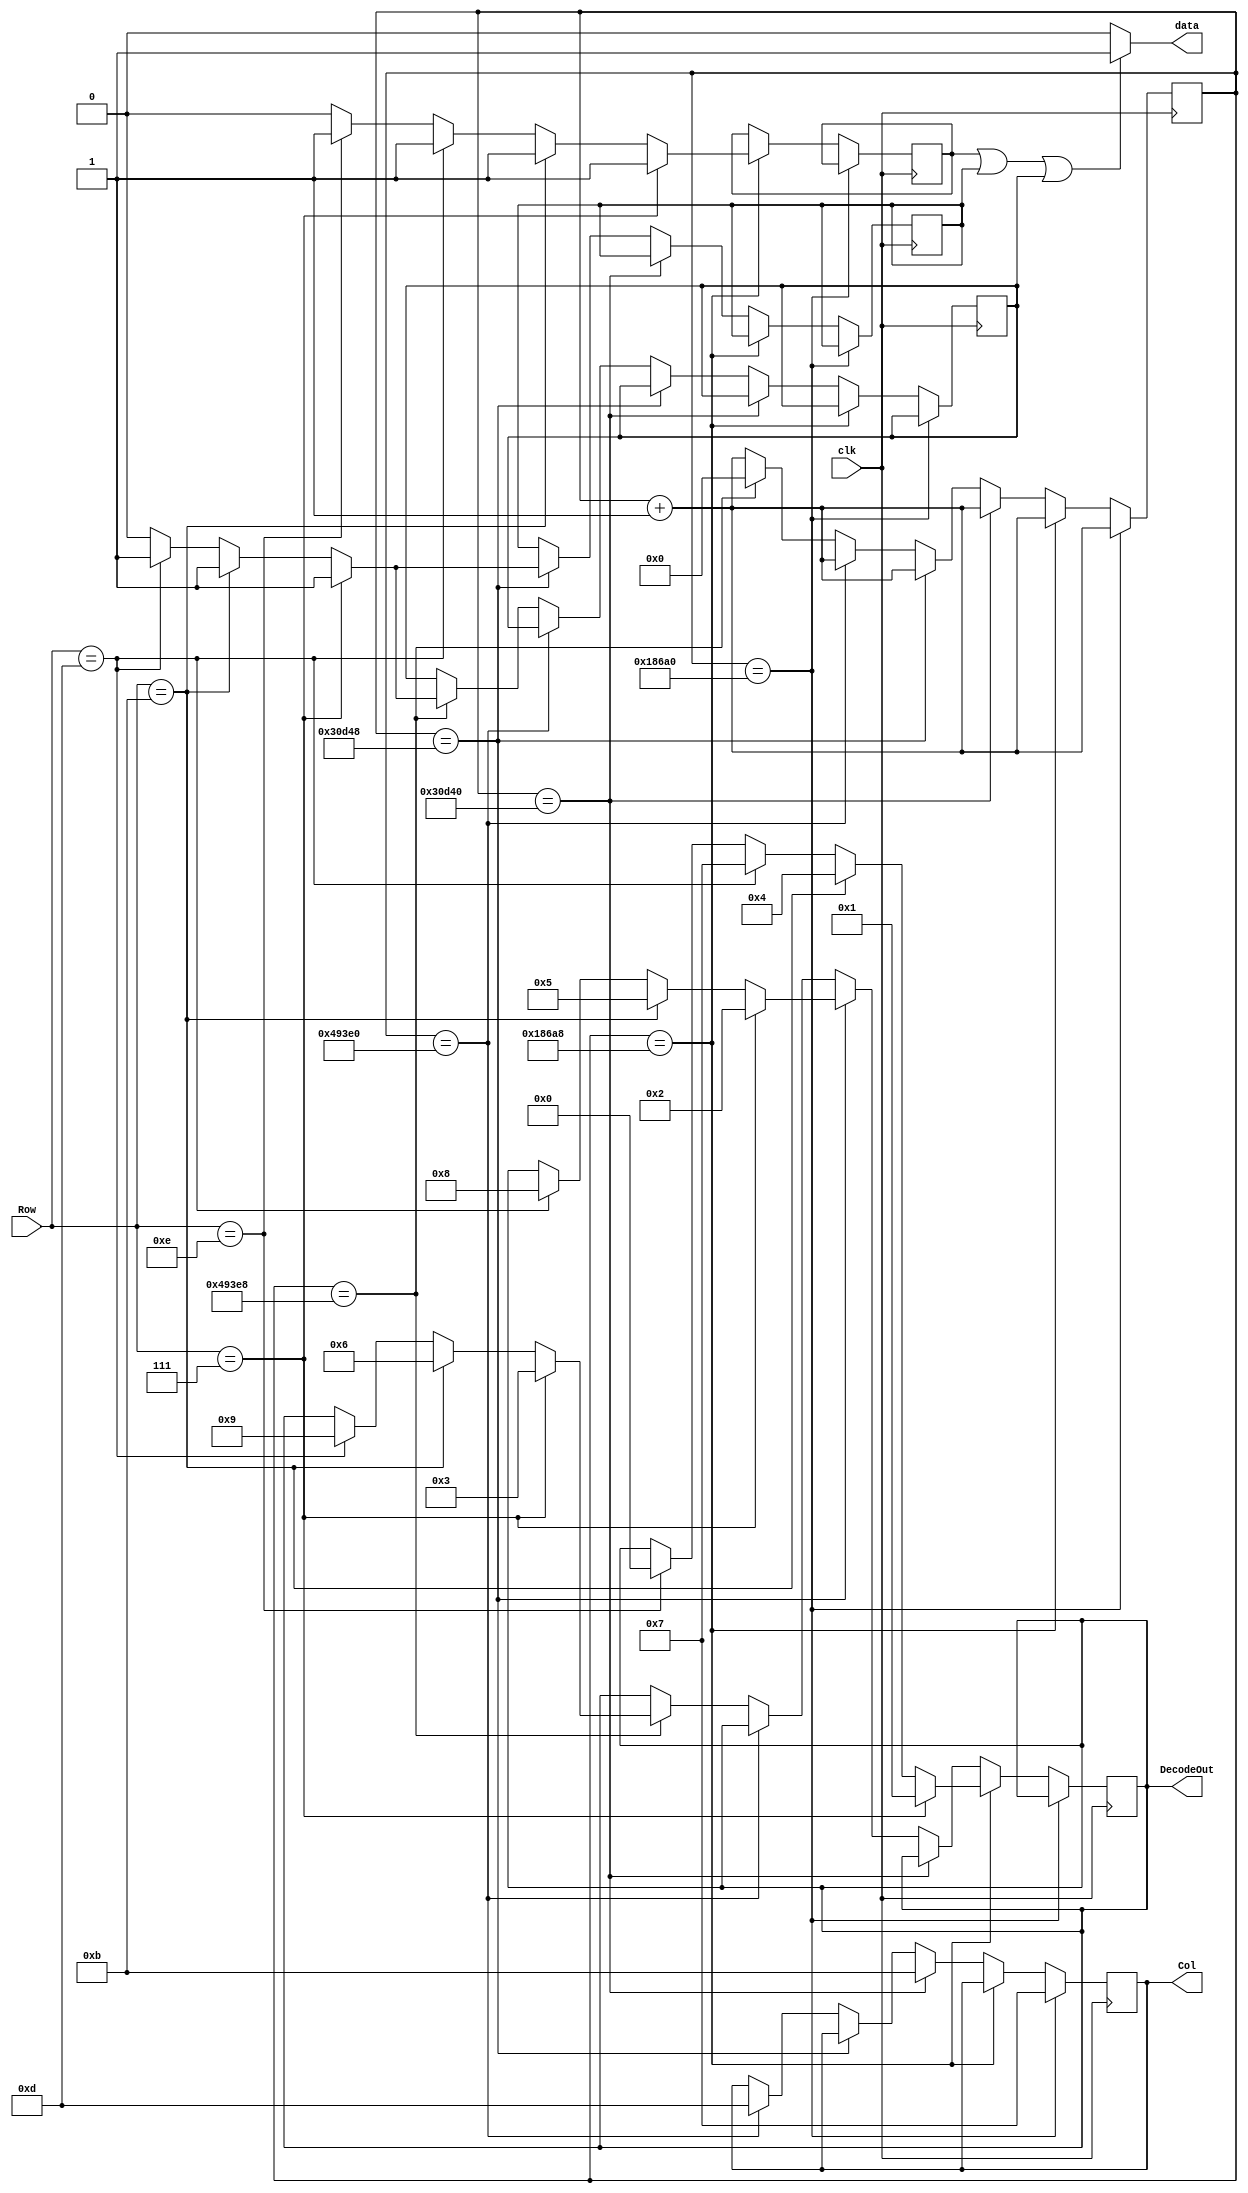
module Decoder(
    input clk,						// 100MHz onboard clock
    input [3:0] Row,				// Rows on KYPD
    output [3:0] Col,			// Columns on KYPD
    output [3:0] DecodeOut,	// Output data
    output data
    );
	
	// Output wires and registers
	reg [3:0] Col;
	reg [3:0] DecodeOut;
	
	// Count register
	reg [19:0] sclk;

    reg col1_data = 0;
    reg col2_data = 0;
    reg col3_data = 0;
    
    reg data = 0;
    
    always @* begin
        if (col1_data || col2_data || col3_data)
            data = 1;
        else
            data = 0;
    end
        
	always @(posedge clk) begin

			// 1ms
			if (sclk == 20'b00011000011010100000) begin
				//C1
				Col <= 4'b0111;
				sclk <= sclk + 1'b1;
			end
			
			// check row pins
			else if(sclk == 20'b00011000011010101000) begin
				//R1
				if (Row == 4'b0111) begin
					DecodeOut <= 4'b0001;		//1
                    col1_data <= 1;
				end
				//R2
				else if(Row == 4'b1011) begin
					DecodeOut <= 4'b0100; 		//4
                    col1_data <= 1;
				end
				//R3
				else if(Row == 4'b1101) begin
					DecodeOut <= 4'b0111; 		//7
                    col1_data <= 1;
				end
				//R4
				else if(Row == 4'b1110) begin
					DecodeOut <= 4'b0000; 		//0
                    col1_data <= 1;
				end
                else
                    col1_data <= 0;
				sclk <= sclk + 1'b1;
			end

			// 2ms
			else if(sclk == 20'b00110000110101000000) begin
				//C2
				Col<= 4'b1011;
				sclk <= sclk + 1'b1;
			end
			
			// check row pins
			else if(sclk == 20'b00110000110101001000) begin
				//R1
				if (Row == 4'b0111) begin
					DecodeOut <= 4'b0010; 		//2
                    col2_data <= 1;
				end
				//R2
				else if(Row == 4'b1011) begin
					DecodeOut <= 4'b0101; 		//5
                    col2_data <= 1;
				end
				//R3
				else if(Row == 4'b1101) begin
					DecodeOut <= 4'b1000; 		//8
                    col2_data <= 1;
				end
                else
                    col2_data <= 0;
				//R4
				sclk <= sclk + 1'b1;
			end

			//3ms
			else if(sclk == 20'b01001001001111100000) begin
				//C3
				Col<= 4'b1101;
				sclk <= sclk + 1'b1;
			end
			
			// check row pins
			else if(sclk == 20'b01001001001111101000) begin
				//R1
				if(Row == 4'b0111) begin
					DecodeOut <= 4'b0011; 		//3	
                    col3_data <= 1;
				end
				//R2
				else if(Row == 4'b1011) begin
					DecodeOut <= 4'b0110; 		//6
                    col3_data <= 1;
				end
				//R3
				else if(Row == 4'b1101) begin
					DecodeOut <= 4'b1001; 		//9
                    col3_data <= 1;
				end
                else
                    col3_data <= 0;
				//R4
				sclk <= 20'b00000000000000000000;
			end

			// Otherwise increment
			else begin
				sclk <= sclk + 1'b1;
			end
			
	end

endmodule